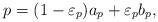
LaTeX: \begin{align*}p=(1-\varepsilon_p)a_p+\varepsilon_p b_p,\end{align*}